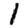
Digit: 1